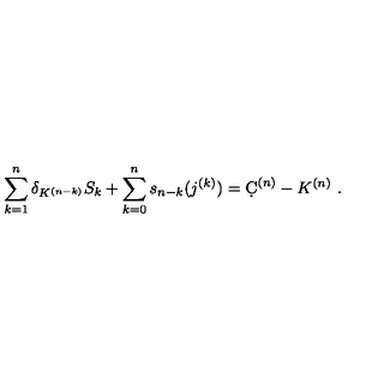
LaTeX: \sum _ { k = 1 } ^ { n } \delta _ { K ^ { ( n - k ) } } S _ { k } + \sum _ { k = 0 } ^ { n } s _ { n - k } ( j ^ { ( k ) } ) = \d C ^ { ( n ) } - K ^ { ( n ) } \ .